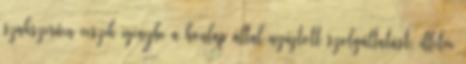
szakszerűen veszik igénybe a honlap által nyújtott szolgáltatást, illetve